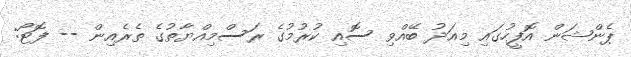
ޕެންޝަން އޮފީހުގައި މިއަދު ބޭއްވި ސޮއި ކުރުމުގެ ރަސްމިއްޔާތުގެ ތެރެއިން -- ފޮޓޯ: